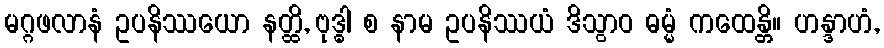
မဂ္ဂဖလာနံ ဥပနိဿယော နတ္ထိ, ဗုဒ္ဓါ စ နာမ ဥပနိဿယံ ဒိသွာဝ ဓမ္မံ ကထေန္တိ။ ဟန္ဒာဟံ,